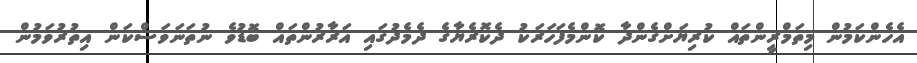
އެހެންކަމުން މިތަމްރީންތައް ކުރިޔަށްގެންދާ ކޮންމެފަހަރަކު ދެކޮރެޔާގެ ދެމެދުގައި އަރާރުންތައް ބޮޑުވެ ނުތަނަވަސްކަން އިތުރުވަމުން